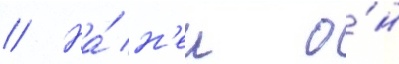
// На́ н'еи о́н